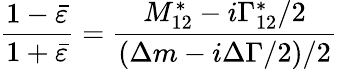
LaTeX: \frac{1-\bar{\varepsilon}}{1+\bar{\varepsilon}}=\frac{M_{12}^{*}-i\Gamma_{12}^{*}/2}{(\Delta m-i\Delta\Gamma/2)/2}